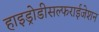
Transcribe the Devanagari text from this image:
हाइड्रोडीसल्फराईजेशन